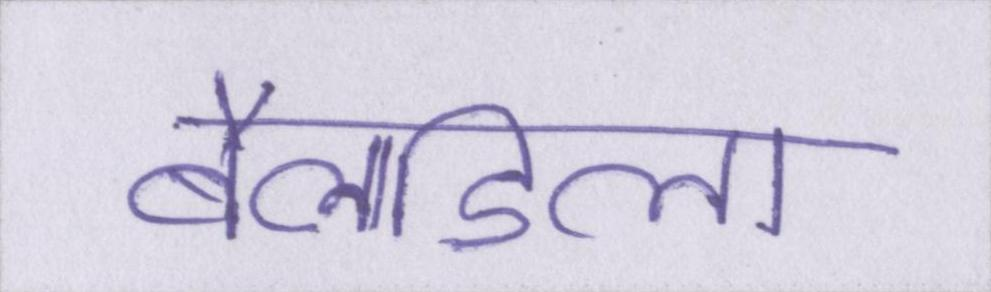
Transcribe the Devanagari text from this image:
बैलाडिला